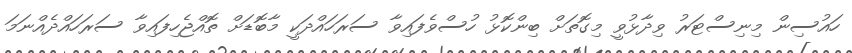
ހައުސިން މިނިސްޓަރު ވިދާޅުވީ މިގޮތަށް ބިންކޮޅު ހުސްވެފައިވާ ސަރަހައްދަކީ މާބޮޑަށް ތޮއްޖެހިފައިވާ ސަރަހައްދެއްނަމަ